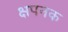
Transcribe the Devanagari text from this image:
क्षपनक